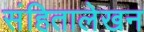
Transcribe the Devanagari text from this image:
संहितालेखन